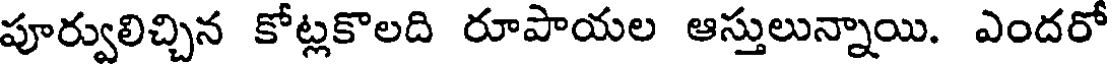
పూర్వులిచ్చిన కోట్లకొలది రూపాయల ఆస్తులున్నాయి. ఎందరో